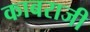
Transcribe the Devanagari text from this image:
काबराजी